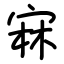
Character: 㝝